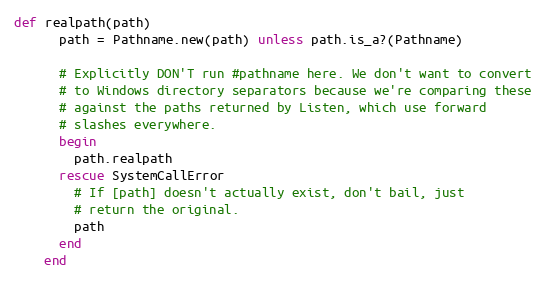
Language: Ruby
def realpath(path)
      path = Pathname.new(path) unless path.is_a?(Pathname)

      # Explicitly DON'T run #pathname here. We don't want to convert
      # to Windows directory separators because we're comparing these
      # against the paths returned by Listen, which use forward
      # slashes everywhere.
      begin
        path.realpath
      rescue SystemCallError
        # If [path] doesn't actually exist, don't bail, just
        # return the original.
        path
      end
    end